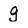
Character: g